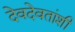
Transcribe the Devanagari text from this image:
देवदेवतांशी